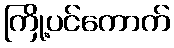
ကြို့ပင်ကောက်